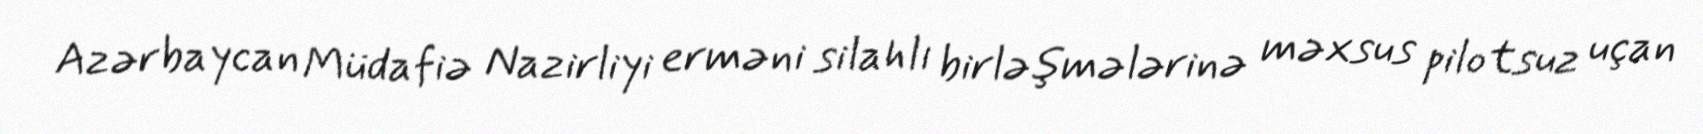
Azərbaycan Müdafiə Nazirliyi erməni silahlı birləşmələrinə məxsus pilotsuz uçan